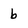
Character: b